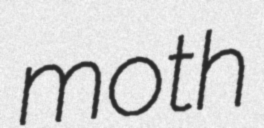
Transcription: moth